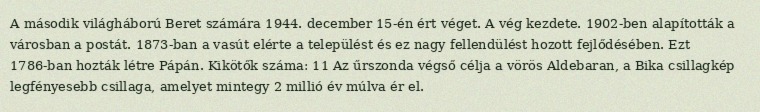
A második világháború Beret számára 1944. december 15-én ért véget. A vég kezdete. 1902-ben alapították a városban a postát. 1873-ban a vasút elérte a települést és ez nagy fellendülést hozott fejlődésében. Ezt 1786-ban hozták létre Pápán. Kikötők száma: 11 Az űrszonda végső célja a vörös Aldebaran, a Bika csillagkép legfényesebb csillaga, amelyet mintegy 2 millió év múlva ér el.